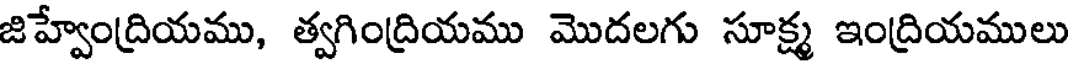
జిహ్వేంద్రియము, త్వగింద్రియము మొదలగు సూక్ష్మ ఇంద్రియములు